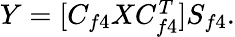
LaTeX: \begin{array}{r}{Y=[C_{f4}XC_{f4}^{T}]S_{f4}.}\end{array}